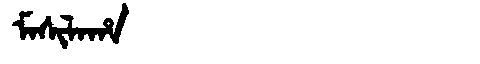
Manchu: ᠮᠠᠰᡳᠯᠠᡥᠠ
Romanization: MASILAHA